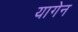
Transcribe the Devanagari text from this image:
यागेन